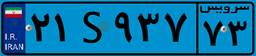
۲۱S۹۳۷۷۳